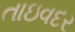
તાઇવદર